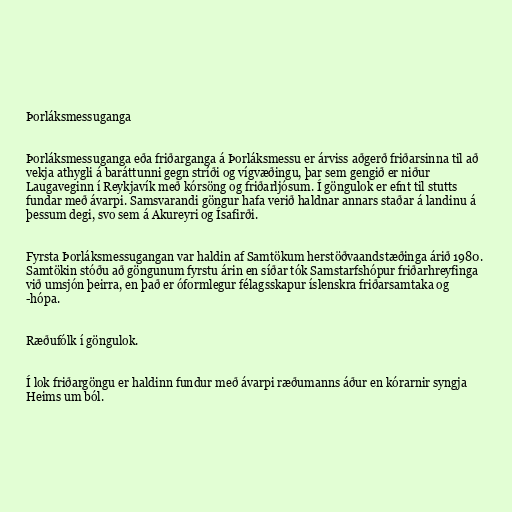
Þorláksmessuganga

Þorláksmessuganga eða friðarganga á Þorláksmessu er árviss aðgerð friðarsinna til að
vekja athygli á baráttunni gegn stríði og vígvæðingu, þar sem gengið er niður
Laugaveginn í Reykjavík með kórsöng og friðarljósum. Í göngulok er efnt til stutts
fundar með ávarpi. Samsvarandi göngur hafa verið haldnar annars staðar á landinu á
þessum degi, svo sem á Akureyri og Ísafirði.

Fyrsta Þorláksmessugangan var haldin af Samtökum herstöðvaandstæðinga árið 1980.
Samtökin stóðu að göngunum fyrstu árin en síðar tók Samstarfshópur friðarhreyfinga
við umsjón þeirra, en það er óformlegur félagsskapur íslenskra friðarsamtaka og
-hópa.

Ræðufólk í göngulok.

Í lok friðargöngu er haldinn fundur með ávarpi ræðumanns áður en kórarnir syngja
Heims um ból.